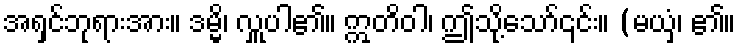
အရှင်ဘုရားအား။ ဒမ္မိ၊ လှူပါ၏။ ဣတိဝါ၊ ဤသို့သော်၎င်း။ (မယှံ၊ ၏။